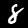
Label: 8